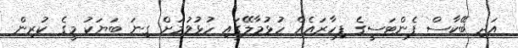
އަދި ބޭކާސް ފެންޓަސީގެ ފިހާރައެއް ހުޅުމާލޭގައި ހުޅުވުމަށް ގިނަ ބަޔަކު މީގެ ކުރިން